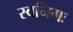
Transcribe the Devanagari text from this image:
स्वनिगः